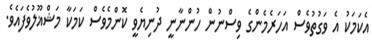
އެކަމަކު އެ ވަގުތުވެސް އަހަރެމެންގެ ވިސްނުން ހުންނާނީ ދުނިޔެވީ ކޮންމެވެސް ކަމަކާ މަޝްޣޫލުވެފައެވެ.